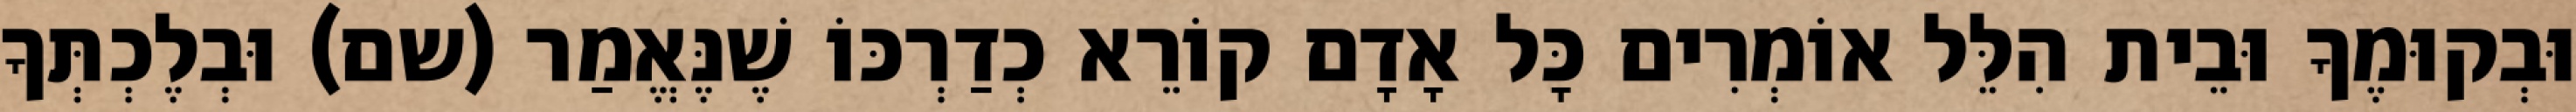
וּבְקוּמֶךָ וּבֵית הִלֵּל אוֹמְרִים כָּל אָדָם קוֹרֵא כְדַרְכּוֹ שֶׁנֶּאֱמַר (שם) וּבְלֶכְתְּךָ